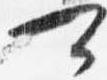
可